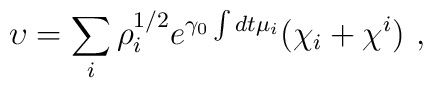
\upsilon  = \sum_i \rho_i^{1/2} e^{ \gamma_0\int dt \mu_i}(\chi_i+\chi^i) \ ,